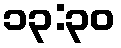
၁၃:၃၀